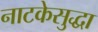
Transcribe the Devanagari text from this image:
नाटकेसुद्धा